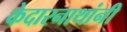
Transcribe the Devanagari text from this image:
केदारनाथांनी